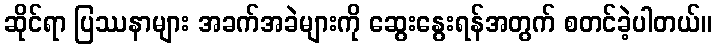
ဆိုင်ရာ ပြဿနာများ အခက်အခဲများကို ဆွေးနွေးရန်အတွက် စတင်ခဲ့ပါတယ်။